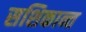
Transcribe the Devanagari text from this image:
सशिकान्त